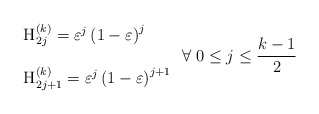
\begin{align*}\begin{array}{l}\mbox{H}_{2j}^{\left( k\right) }=\varepsilon ^j\left( 1-\varepsilon \right)^j \\ \\\mbox{H}_{2j+1}^{\left( k\right) }=\varepsilon ^j\left( 1-\varepsilon\right) ^{j+1}\end{array}\;\forall \;0\leq j\leq \frac{k-1}2\end{align*}